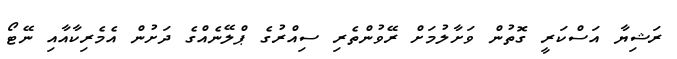
ރަޝިޔާ އަސްކަރީ ގޮތުން ވަށާލުމަށް ރޭވުންތެރި ސިއްރުގެ ޕްލޭނެއްގެ ދަށުން އެމެރިކާއާއި ނޭޓޯ